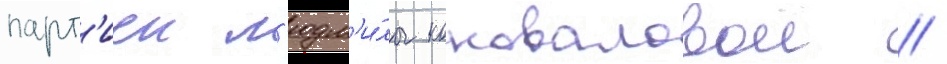
парт'иеи л'юдм'и́лы коноваловои /